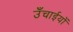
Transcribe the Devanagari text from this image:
उँचाईयों